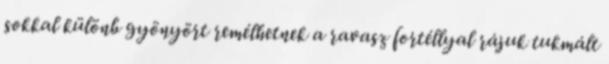
sokkal különb gyönyört remélhetnek a ravasz fortéllyal rájuk tukmált